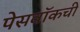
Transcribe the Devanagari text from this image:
पेसवॉकची